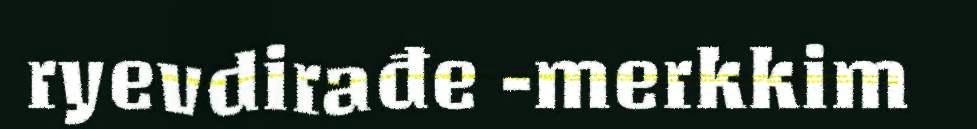
ryevdirađe -merkkim